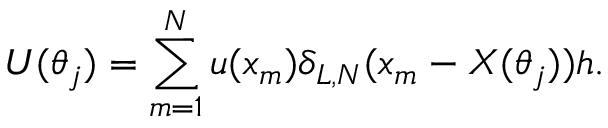
U ( \theta _ { j } ) = \sum _ { m = 1 } ^ { N } u ( x _ { m } ) \delta _ { L , N } ( x _ { m } - X ( \theta _ { j } ) ) h .